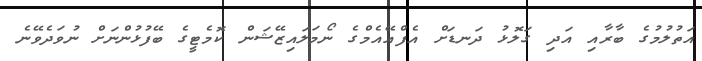
އަތުލުމުގެ ބާރާއި އަދި ގަލޮޅު ދަނޑަށް އެފްއޭއެމްގެ ނޯމަލައިޒޭޝަން ކޮމެޓީގެ ބޭފުޅުންނަށް ނުވަދެވޭނެ